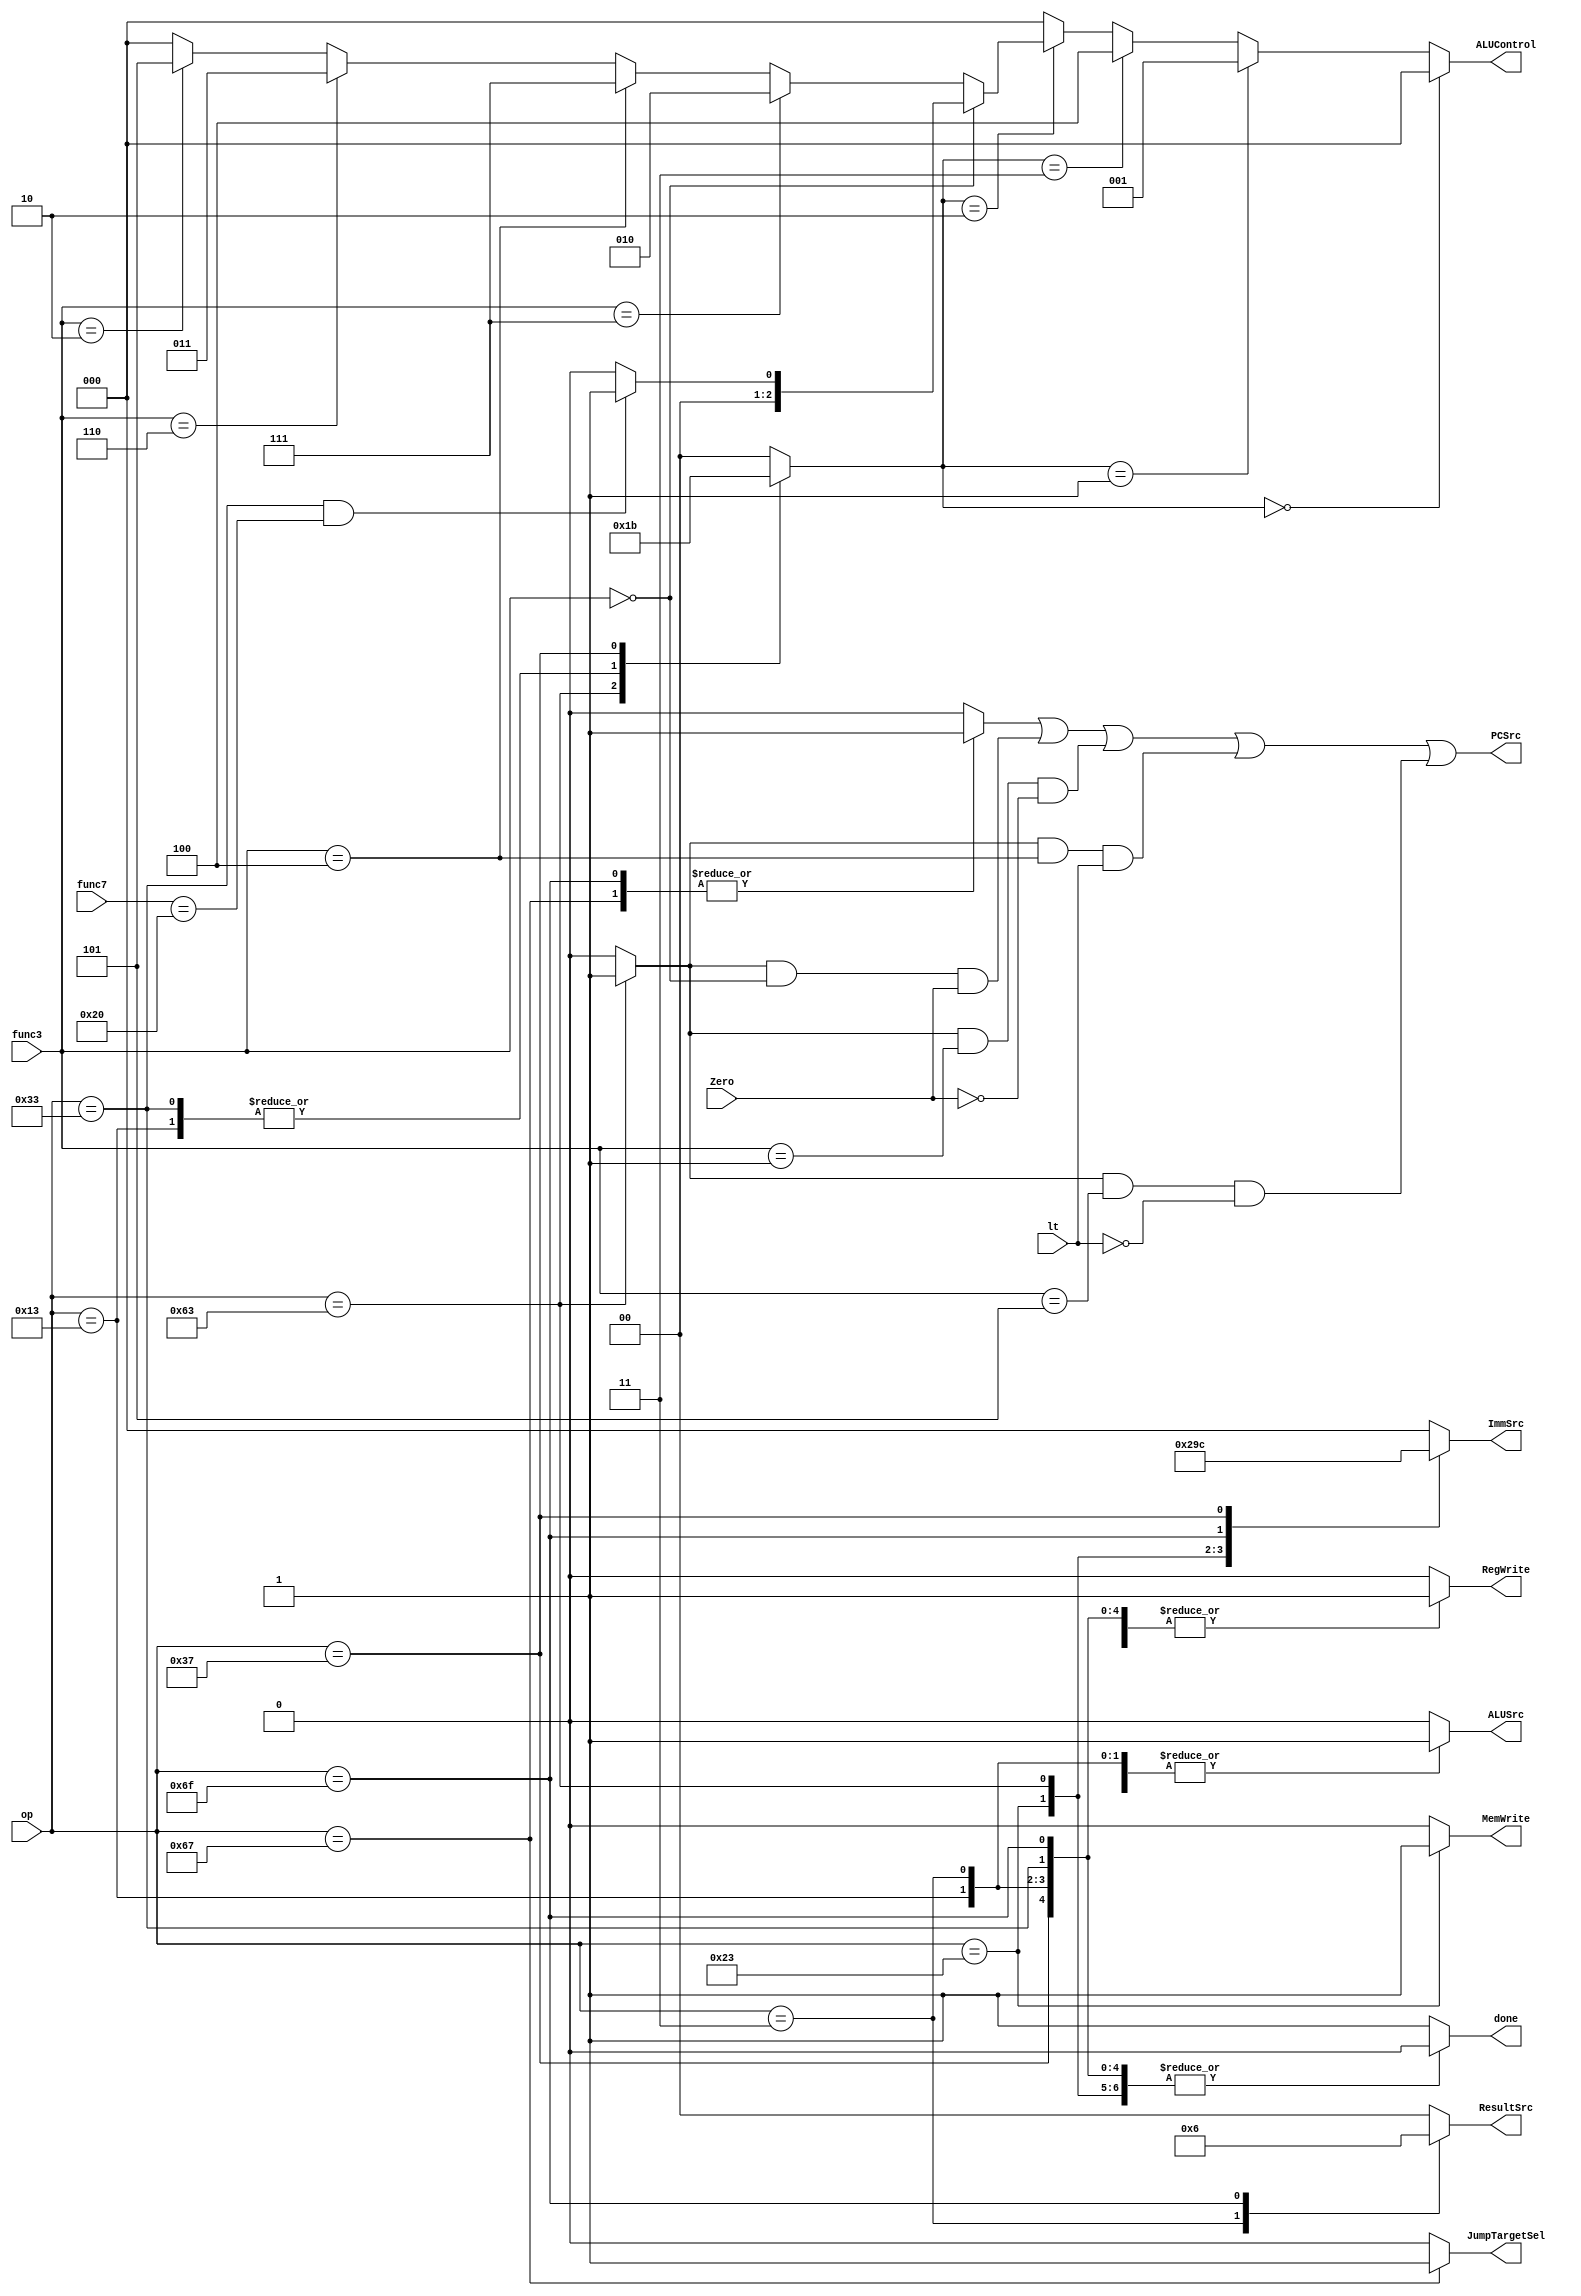
`define lw   7'b0000011
`define sw   7'b0100011
`define RT   7'b0110011
`define BT   7'b1100011
`define IT   7'b0010011
`define jalr 7'b1100111
`define jal  7'b1101111
`define lui  7'b0110111

module Controller_SC(op, func3, func7, Zero, lt, JumpTargetSel,
    PCSrc, ResultSrc, MemWrite, ALUControl, ALUSrc, ImmSrc, RegWrite, done);
    
    // input ports
    input [6:0] op, func7;
    input [2:0] func3;
    input Zero, lt;
    // output ports
    output PCSrc;
    output reg JumpTargetSel, MemWrite, ALUSrc, RegWrite;
    output reg [1:0] ResultSrc;
    output reg [2:0] ImmSrc;
    output [2:0] ALUControl;
    output reg done;
    // Wire and regs
    reg[1:0] aluOp;
    reg jmp, branch;
    wire beq, bne, blt, bge;

    assign beq = branch & (func3 == 3'b000);
    assign bne = branch & (func3 == 3'b001);
    assign blt = branch & (func3 == 3'b100);
    assign bge = branch & (func3 == 3'b101);

    assign PCSrc = jmp | (beq & Zero) | (bne & ~Zero) | (blt & lt) | (bge & ~lt);

    assign ALUControl = 
        (aluOp == 2'b00) ? 3'b000 :
        (aluOp == 2'b01) ? 3'b001 :
        (aluOp == 2'b11) ? 3'b100 :
        (aluOp == 2'b10) ? 
        (func3 == 3'b000) ? ((op == `RT & func7 == 7'b0100000) ? 3'b001: 3'b000) :
        (func3 == 3'b111) ? 3'b010 :
        (func3 == 3'b100) ? 3'b111 :
        (func3 == 3'b110) ? 3'b011 :
        (func3 == 3'b010) ? 3'b101 : 3'b000 : 3'b000;



    always@(op, func3, func7) begin
        {JumpTargetSel, ResultSrc, aluOp, ImmSrc, MemWrite, ALUSrc, RegWrite, jmp, branch, done} = 14'b0;


        case(op)
            `lw:   begin RegWrite = 1; ALUSrc = 1; ResultSrc = 2'b01; end
            `sw:   begin ImmSrc = 3'b001; ALUSrc = 1; MemWrite = 1; end
            `RT:   begin RegWrite = 1; aluOp = 2'b10; end
            `BT:   begin ImmSrc = 3'b010; branch = 1; aluOp = 2'b01; end
            `IT:   begin RegWrite = 1; ALUSrc = 1; aluOp = 2'b10; end
            `jal:  begin RegWrite = 1; ImmSrc = 3'b011; ResultSrc = 2'b10; jmp = 1; end
            `jalr: begin RegWrite = 1; ALUSrc = 1; jmp = 1; JumpTargetSel = 1; end
            `lui:  begin RegWrite = 1; ImmSrc = 3'b100; aluOp = 2'b11; end
            default: done = 1;
        endcase

    end

endmodule